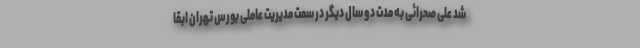
شد علی صحرائی به مدت دو سال دیگر در سمت مدیریت عاملی بورس تهران ابقا